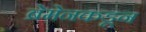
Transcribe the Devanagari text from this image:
ब्रेमेनकडून